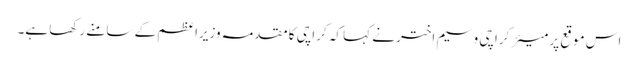
اس موقع پر میئر کراچی وسیم اختر نے کہا کہ کراچی کا مقدمہ وزیراعظم کے سامنے رکھا ہے۔